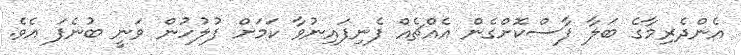
އެންދެރިމާގެ ބަލާ ފާސްކޮށްގެން އެއްޗެއް ފެނިފައިނުވާ ކަމަށް ފުލުހުން ވަނީ ބުނެފަ އެވެ.